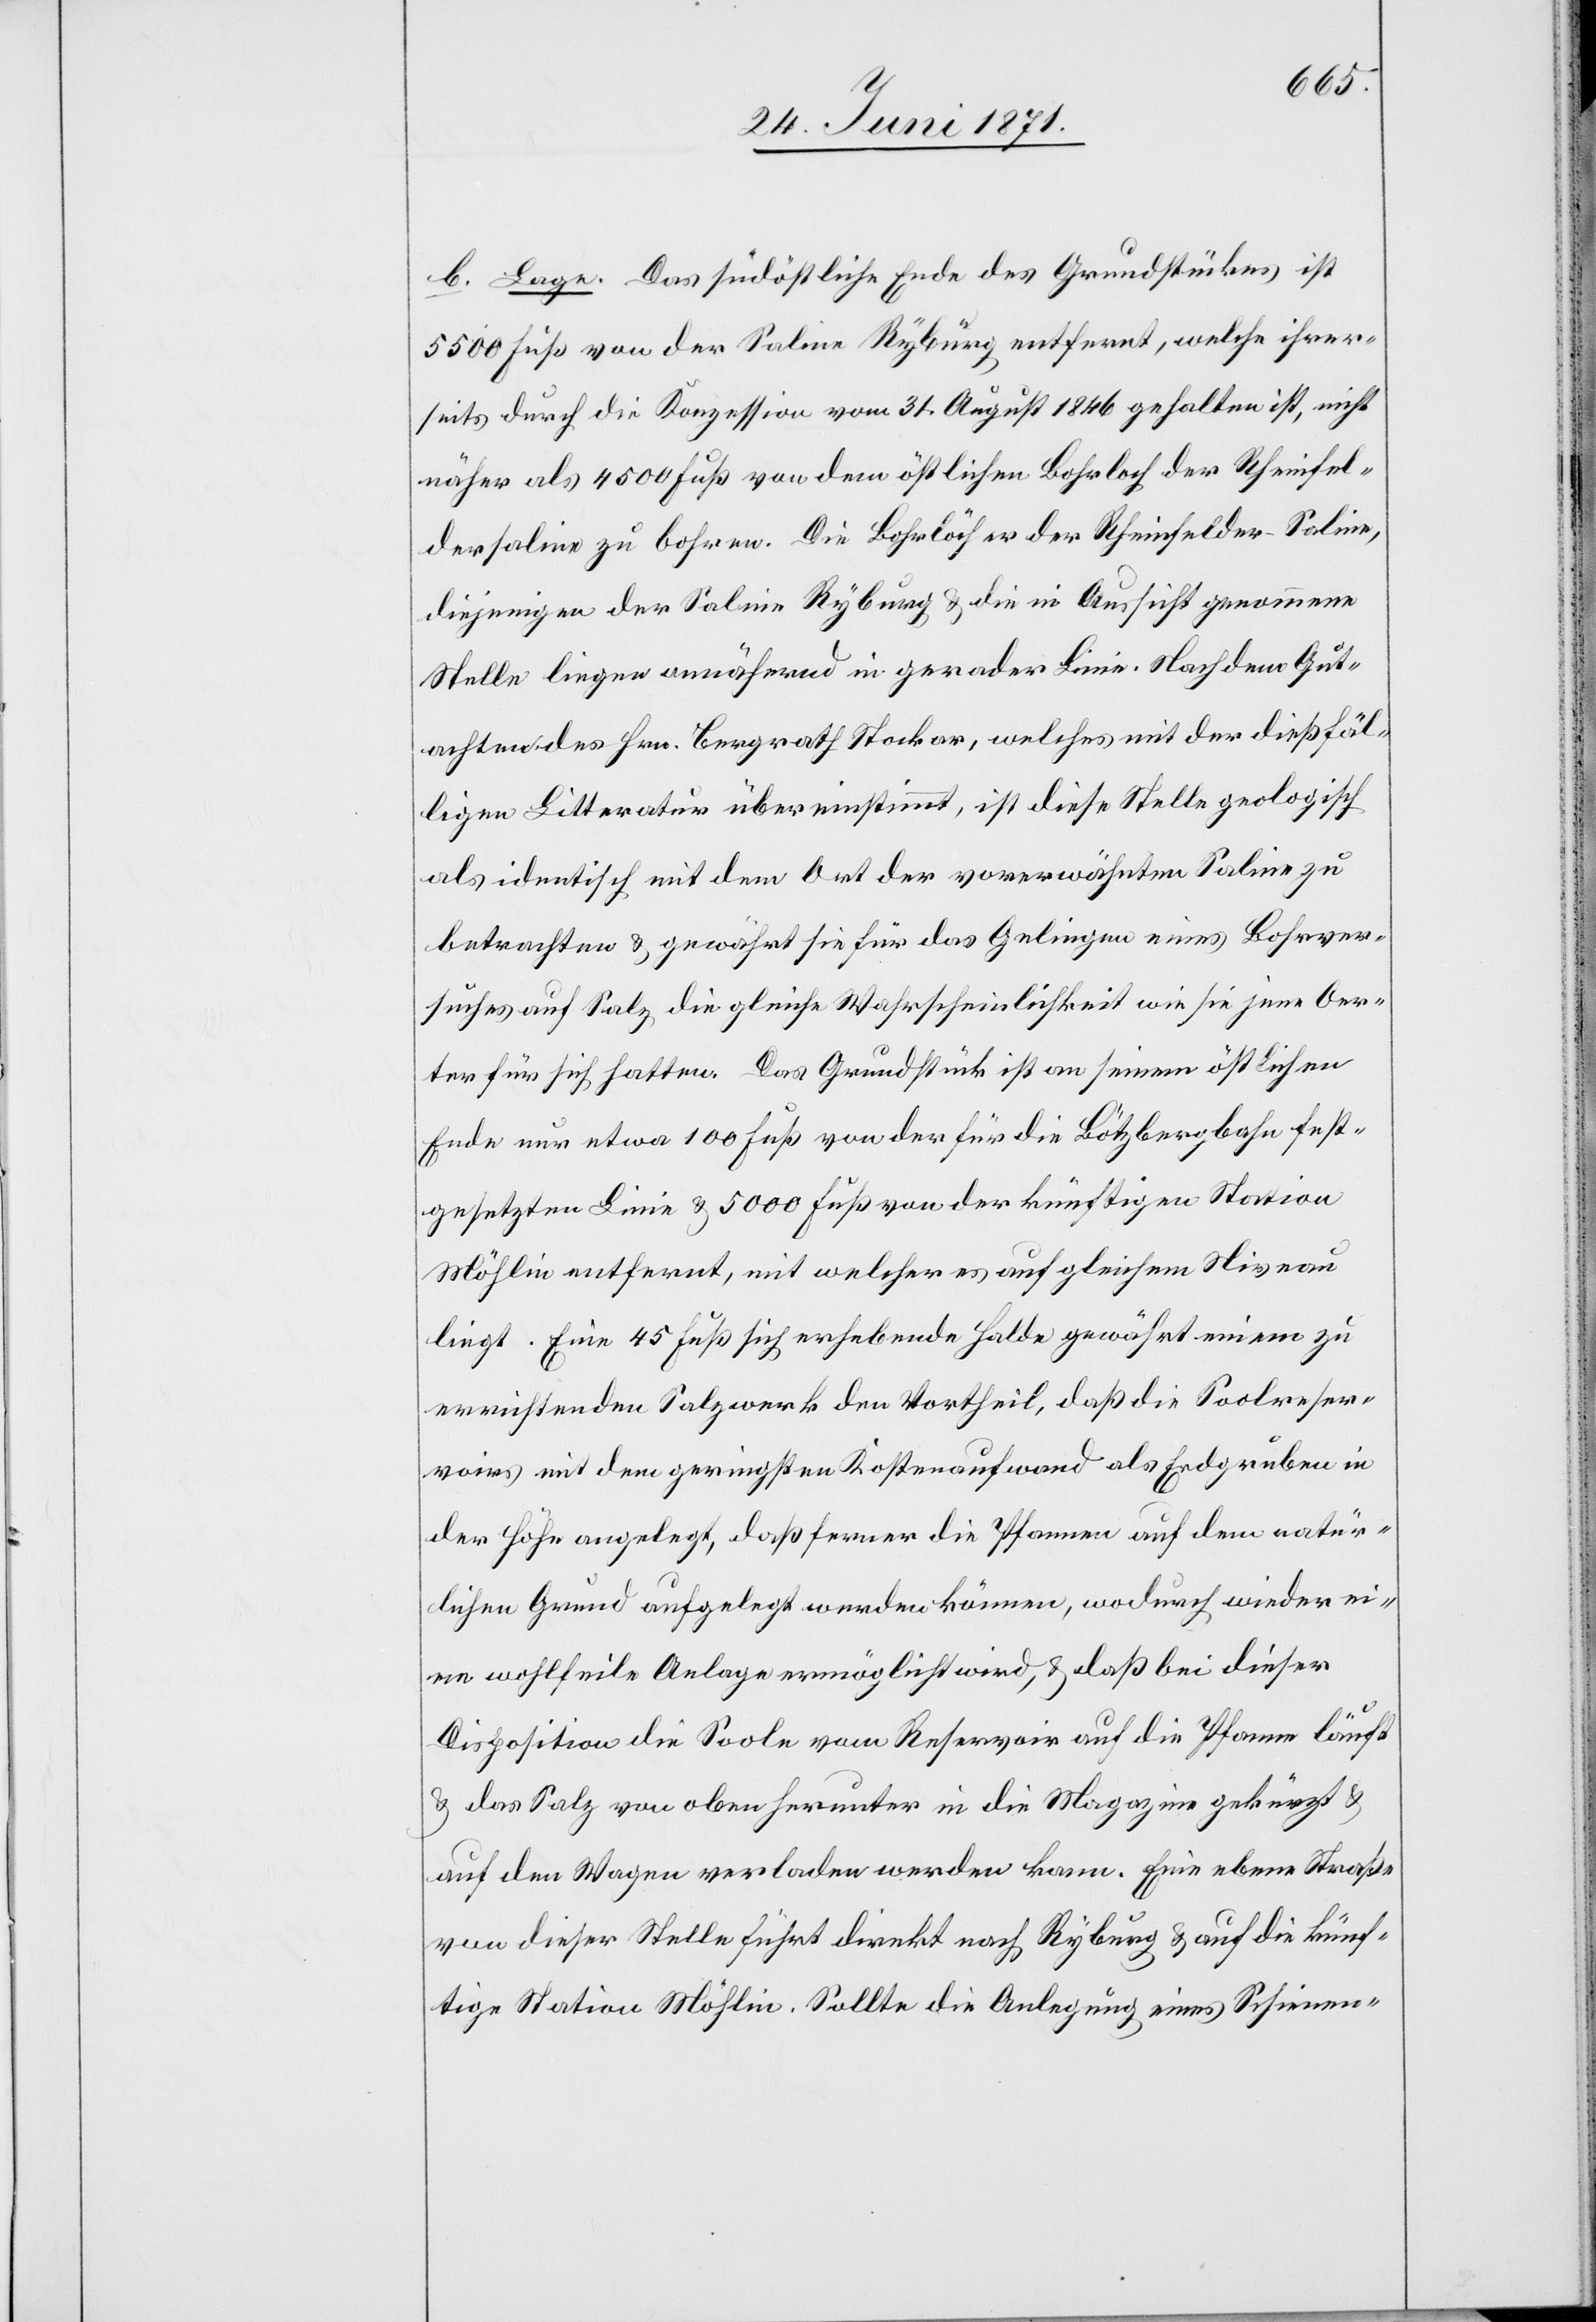
b. Lage. Das südöstliche Ende des Grundstückes ist
5500 Fuß von der Saline Ryburg entfernt, welche ihrer¬
seits durch die Konzession vom 31. August 1846 gehalten ist, nicht
näher als 4500 Fuß von dem östlichen Bohrloch der Rheinfel¬
dersaline zu bohren. Die Bohrlöcher der Rheinfelder-Saline,
diejenigen der Saline Ryburg u. die in Aussicht genommene
Stelle liegen annähernd in gerader Linie. Nach dem Gut¬
achten des Hrn. Bergrath Stocker, welches mit der dießfäl¬
ligen Litteratur übereinstimmt, ist diese Stelle geologisch
als identisch mit dem Ort der vorerwähnten Saline zu
betrachten u. gewährt sie für das Gelingen eines Bohrver¬
suches auf Salz die gleiche Wahrscheinlichkeit wie sie jene Oer¬
ter für sich hatten. Das Grundstück ist an seinem östlichen
Ende nur etwa 100 Fuß von der für die Bötzbergbahn fest¬
gesetzten Linie u. 5000 Fuß von der künftigen Station
Möhlin entfernt, mit welcher es auf gleichem Niveau
liegt. Eine 45 Fuß sich erhebende Halde gewährt einem zu
errichtenden Salzwerk den Vortheil, daß die Soolreser¬
voirs mit dem geringsten Kostenaufwand als Endgruben in
der Höhe angelegt, daß ferner die Pfannen auf dem natür¬
lichen Grund aufgelegt werden können, wodurch wieder ei¬
ne wohlfeile Anlage ermöglicht wird, u. daß bei dieser
Disposition die Soole vom Reservoir auf die Pfanne läuft
u. das Salz von oben herunter in die Magazine gekürzt u.
auf den Wagen verladen werden kann. Eine ebene Straße
von dieser Stelle führt direkt nach Ryburg u. auf die künf¬
tige Station Möhlin. Sollte die Anlegung eines Schienen-